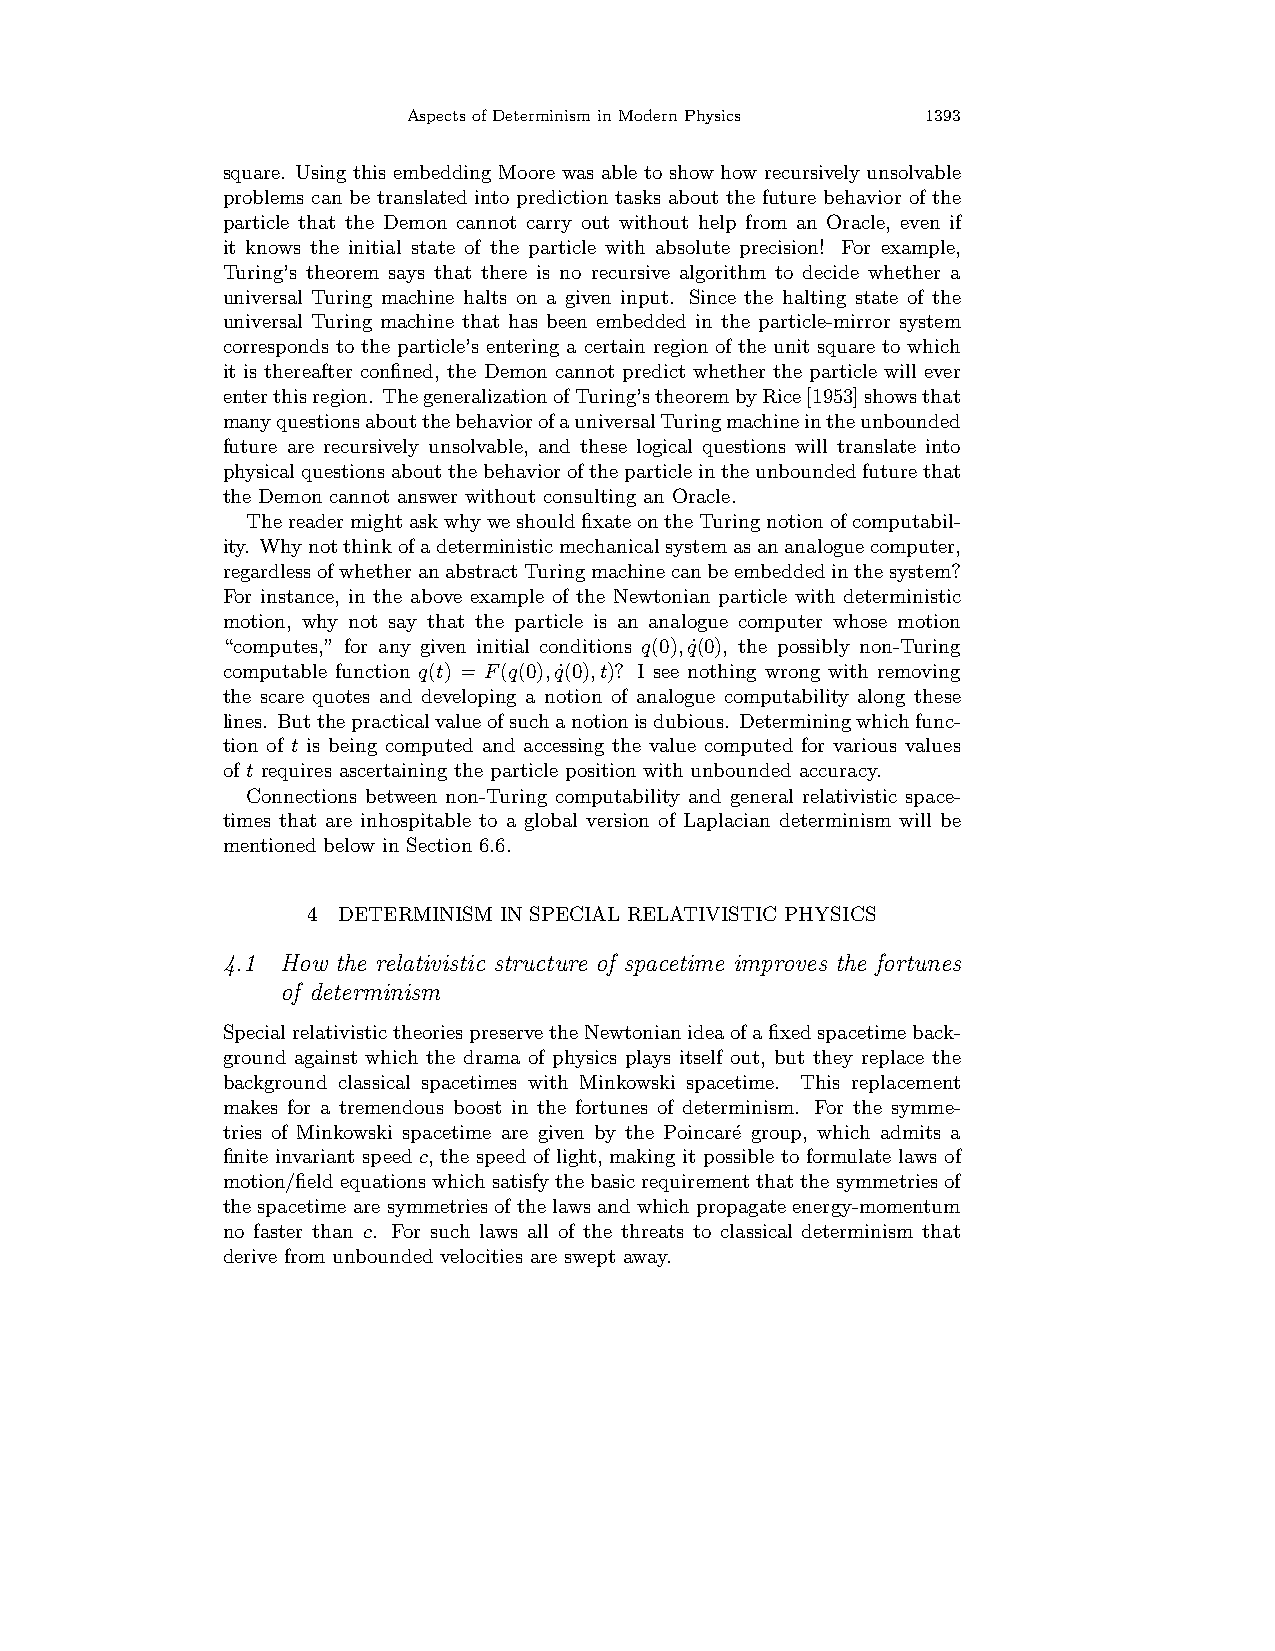
AspectsofDeterminisminModernPhysics 1393
 square. Using this embedding Moore was able to show how recursively unsolvable
 problems can be translated into prediction tasks about the future behavior of the
 particle that the Demon cannot carry out without help from an Oracle, even if
 it knows the initial state of the particle with absolute precision! For example,
 Turing’s theorem says that there is no recursive algorithm to decide whether a
 universal Turing machine halts on a given input. Since the halting state of the
 universal Turing machine that has been embedded in the particle-mirror system
 corresponds to the particle’s entering a certain region of the unit square to which
 it is thereafter confined, the Demon cannot predict whether the particle will ever
 enterthisregion. ThegeneralizationofTuring’stheorembyRice[1953]showsthat
 manyquestionsaboutthebehaviorofauniversalTuringmachineintheunbounded
 future are recursively unsolvable, and these logical questions will translate into
 physicalquestionsaboutthebehavioroftheparticleintheunboundedfuturethat
 the Demon cannot answer without consulting an Oracle.
 ThereadermightaskwhyweshouldfixateontheTuringnotionofcomputabil-
 ity. Whynotthinkofadeterministicmechanicalsystemasananaloguecomputer,
 regardlessofwhetheranabstractTuringmachinecanbeembeddedinthesystem?
 For instance, in the above example of the Newtonian particle with deterministic
 motion, why not say that the particle is an analogue computer whose motion
 “computes,” for any given initial conditions q(0),q˙(0), the possibly non-Turing
 computable function q(t) = F(q(0),q˙(0),t)? I see nothing wrong with removing
 the scare quotes and developing a notion of analogue computability along these
 lines. Butthepracticalvalueofsuchanotionisdubious. Determiningwhichfunc-
 tion of t is being computed and accessing the value computed for various values
 of t requires ascertaining the particle position with unbounded accuracy.
 Connections between non-Turing computability and general relativistic space-
 times that are inhospitable to a global version of Laplacian determinism will be
 mentioned below in Section 6.6.
 4 DETERMINISM IN SPECIAL RELATIVISTIC PHYSICS
 4.1 How the relativistic structure of spacetime improves the fortunes
 of determinism
 SpecialrelativistictheoriespreservetheNewtonianideaofafixedspacetimeback-
 ground against which the drama of physics plays itself out, but they replace the
 background classical spacetimes with Minkowski spacetime. This replacement
 makes for a tremendous boost in the fortunes of determinism. For the symme-
 tries of Minkowski spacetime are given by the Poincar´e group, which admits a
 finite invariant speed c, the speed of light, making it possible to formulate laws of
 motion/fieldequationswhichsatisfythebasicrequirementthatthesymmetriesof
 thespacetimearesymmetriesofthelawsandwhichpropagateenergy-momentum
 no faster than c. For such laws all of the threats to classical determinism that
 derive from unbounded velocities are swept away.